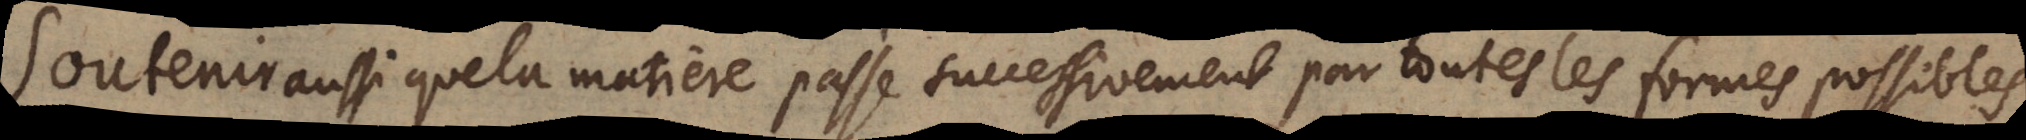
Soutenir aussi que la matiere passe successivement par toutes les formes possibles